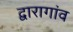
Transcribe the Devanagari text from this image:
द्वारागांव